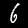
Digit: 6